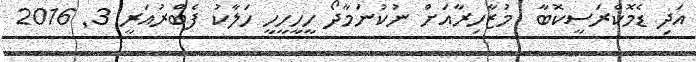
އަދި ޑެމޮކްރަސީކޮބާ  މުޒާހިރާއަށް ނުކުނަމާދޯ ހީހީހީހީ ހަލާކު ފެބްރުއަރީ 3